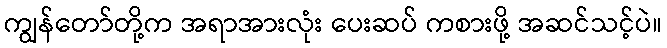
ကျွန်တော်တို့က အရာအားလုံး ပေးဆပ် ကစားဖို့ အဆင်သင့်ပဲ။